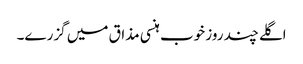
اگلے چند روز خوب ہنسی مذاق میں گزرے۔